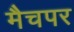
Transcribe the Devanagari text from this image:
मैचपर